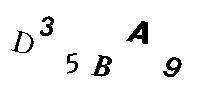
D35BA9